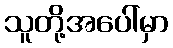
သူတို့အပေါ်မှာ